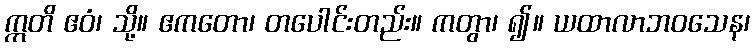
ဣတိ ဧဝံ၊ သို့။ ဧကတော၊ တပေါင်းတည်း။ ကတွာ၊ ၍။ ယထာလာဘဝသေန၊